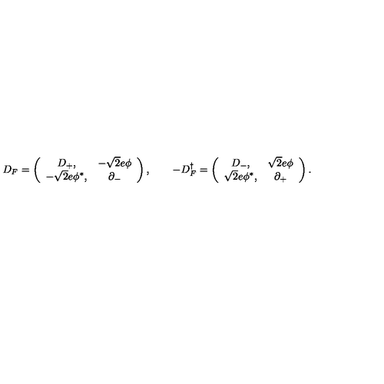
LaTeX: D _ { F } = \left( \begin{array} { c c } { D _ { + } , } & { - \sqrt { 2 } e \phi } \\ { - \sqrt { 2 } e \phi ^ { * } , } & { \partial _ { - } } \\ \end{array} \right) , \qquad - D _ { F } ^ { \dag } = \left( \begin{array} { c c } { D _ { - } , } & { \sqrt { 2 } e \phi } \\ { \sqrt { 2 } e \phi ^ { * } , } & { \partial _ { + } } \\ \end{array} \right) .